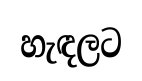
හැඳලට